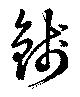
錢